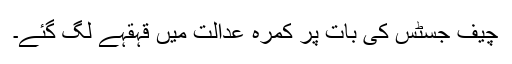
چیف جسٹس کی بات پر کمرہ عدالت میں قہقہے لگ گئے۔